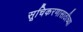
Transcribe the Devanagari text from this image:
सूचिकरणासाठीच्या